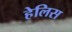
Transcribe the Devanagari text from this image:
हेलिस